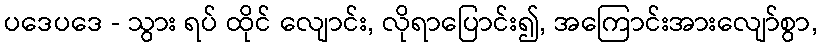
ပဒေပဒေ - သွား ရပ် ထိုင် လျောင်း, လိုရာပြောင်း၍, အကြောင်းအားလျော်စွာ,